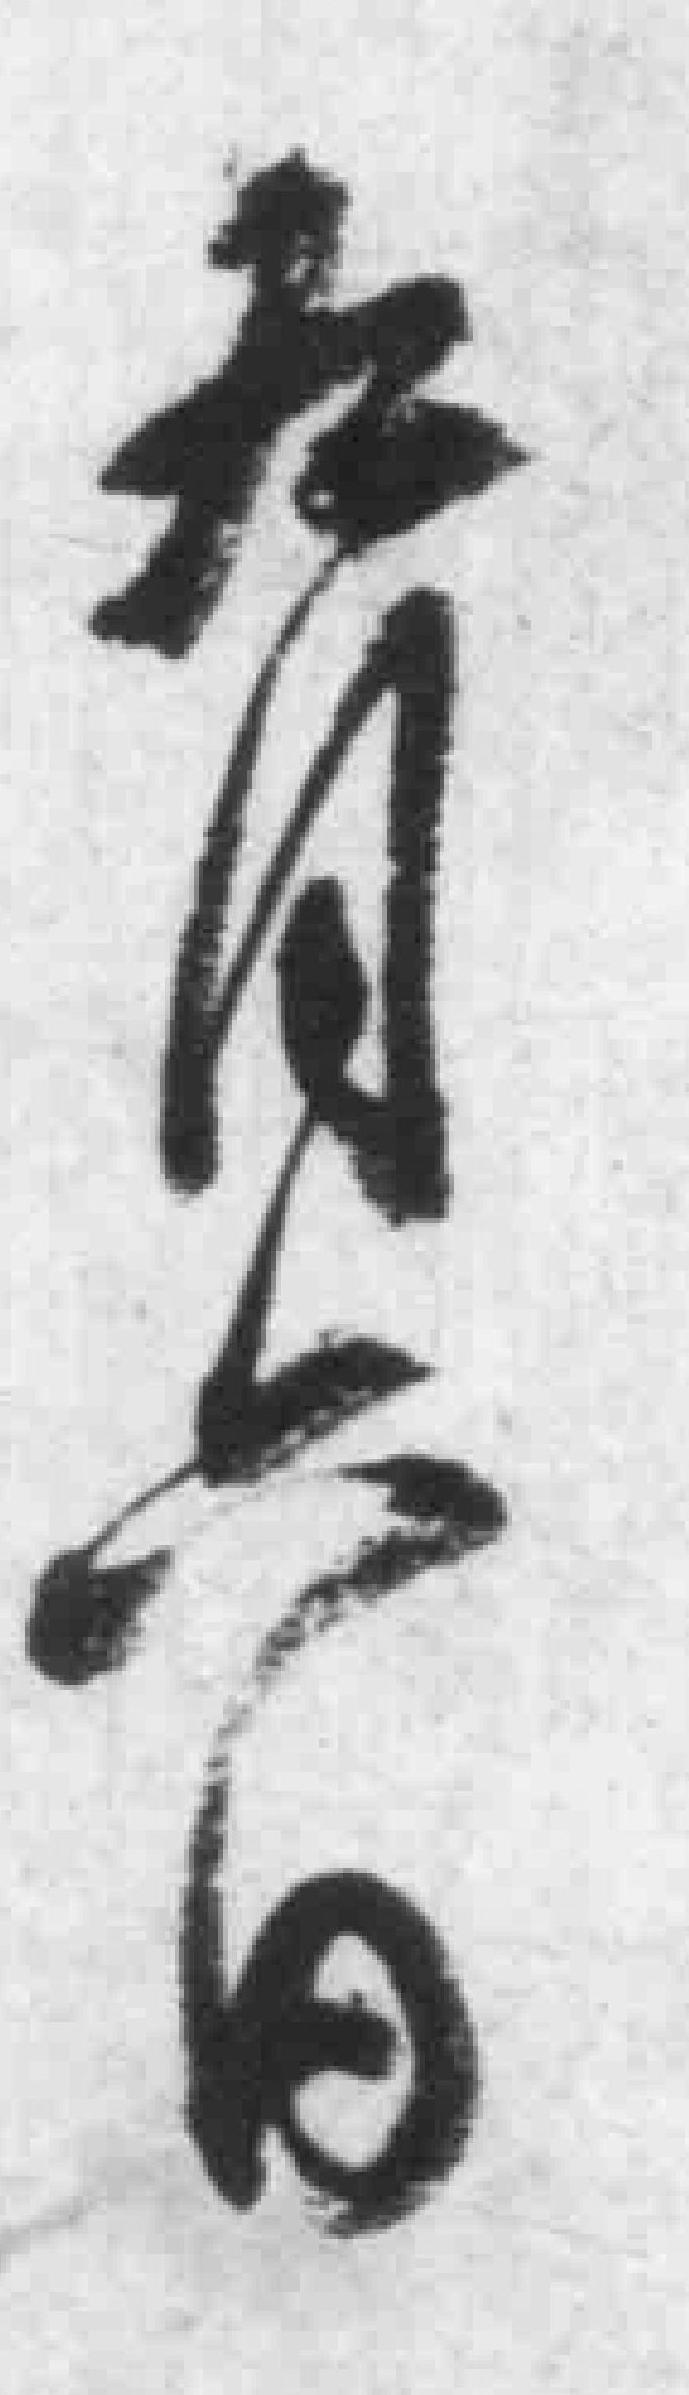
九月六日